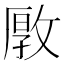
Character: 𱡞